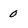
Character: 0